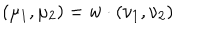
( \mu _ { 1 } , \mu _ { 2 } ) = w \cdot ( \nu _ { 1 } , \nu _ { 2 } )